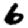
Digit: 6